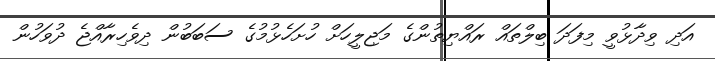
އަދި ވިދާޅުވީ މިފަދަ ބިލްތައް ރައްޔިތުންގެ މަޖިލީހަށް ހުށަހެޅުމުގެ ސަބަބުން ދިވެހިރާއްޖެ ދުވަހުން